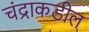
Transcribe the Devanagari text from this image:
चंद्राकडील